Civil Veterinary Dept. Bombay admin report 1932-41 - 1932-1941
Year: 1932
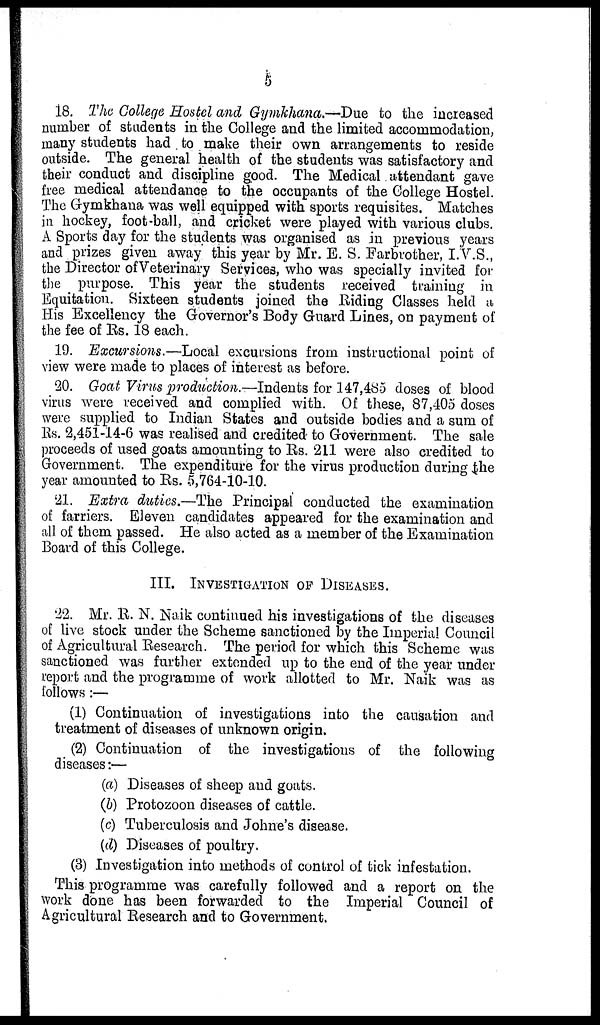
5
18. The College Hostel and Gymkhana.—Due to the increased
number of students in the College and the limited accommodation,
many students had to make their own arrangements to reside
outside. The general health of the students was satisfactory and
their conduct and discipline good. The Medical attendant gave
free medical attendance to the occupants of the College Hostel.
The Gymkhana was well equipped with sports requisites. Matches
in hockey, foot-ball, and cricket were played with various clubs.
A Sports day for the students was organised as in previous years
and prizes given away this year by Mr. E. S. Farbrother, I.V.S.,
the Director ofVeterinary Services, who was specially invited for
the purpose. This year the students received training in
Equitation. Sixteen students joined the Riding Classes held a
His Excellency the Governor's Body Guard Lines, on payment of
the fee of Rs. 18 each.
19. Excursions.—Local excursions from instructional point of
view were made to places of interest as before.
20. Goat Virus production.—Indents for 147,485 doses of blood
virus were received and complied with. Of these, 87,405 doses
were supplied to Indian States and outside bodies and a sum of
Rs. 2,451-14-6 was realised and credited to Government. The sale
proceeds of used goats amounting to Rs. 211 were also credited to
Government. The expenditure for the virus production during the
year amounted to Rs. 5,764-10-10.
21. Extra duties.—The Principal conducted the examination
of farriers. Eleven candidates appeared for the examination and
all of them passed. He also acted as a member of the Examination
Board of this College.
III. INVESTIGATION OF DISEASES.
22. Mr. R. N. Naik continued his investigations of the diseases
of live stock under the Scheme sanctioned by the Imperial Council
of Agricultural Research. The period for which this Scheme was
sanctioned was further extended up to the end of the year under
report and the programme of work allotted to Mr. Naik was as
follows:—
(1) Continuation of investigations into the causation and
treatment of diseases of unknown origin.
(2) Continuation of the investigations of the following
diseases:—
(a) Diseases of sheep and goats.
(b) Protozoon diseases of cattle.
(c) Tuberculosis and Johne's disease.
(d) Diseases of poultry.
(3) Investigation into methods of control of tick infestation.
This programme was carefully followed and a report on the
work done has been forwarded to the Imperial Council of
Agricultural Research and to Government.